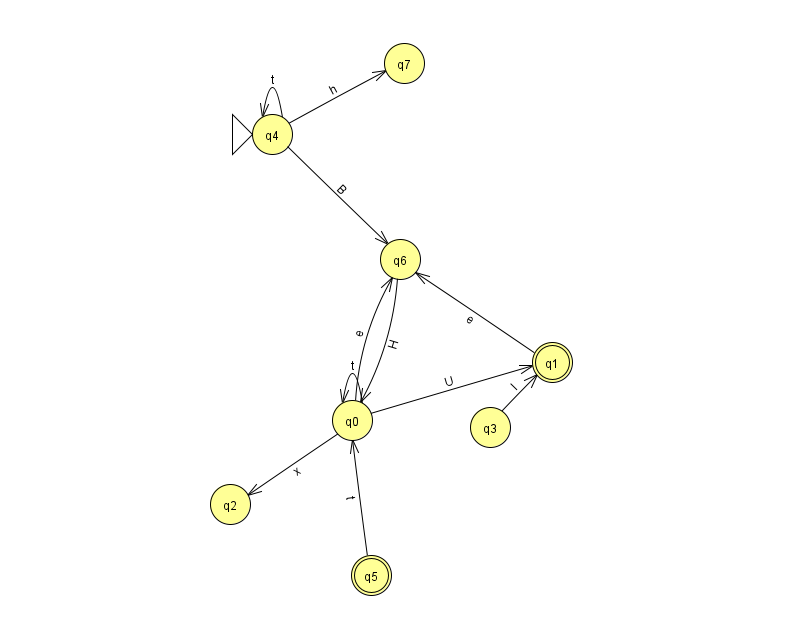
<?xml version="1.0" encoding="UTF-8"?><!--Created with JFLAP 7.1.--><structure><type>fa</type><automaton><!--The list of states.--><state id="0" name="q0"><x>352.0</x><y>407.0</y></state><state id="1" name="q1"><x>552.0</x><y>349.0</y><final/></state><state id="2" name="q2"><x>230.0</x><y>491.0</y></state><state id="3" name="q3"><x>490.0</x><y>414.0</y></state><state id="4" name="q4"><x>272.0</x><y>121.0</y><initial/></state><state id="5" name="q5"><x>371.0</x><y>562.0</y><final/></state><state id="6" name="q6"><x>400.0</x><y>246.0</y></state><state id="7" name="q7"><x>404.0</x><y>50.0</y></state><!--The list of transitions.--><transition><from>5</from><to>0</to><read>t</read></transition><transition><from>6</from><to>0</to><read>H</read></transition><transition><from>0</from><to>0</to><read>t</read></transition><transition><from>4</from><to>4</to><read>t</read></transition><transition><from>4</from><to>7</to><read>h</read></transition><transition><from>0</from><to>1</to><read>U</read></transition><transition><from>4</from><to>6</to><read>B</read></transition><transition><from>0</from><to>2</to><read>x</read></transition><transition><from>3</from><to>1</to><read>I</read></transition><transition><from>1</from><to>6</to><read>e</read></transition><transition><from>0</from><to>6</to><read>e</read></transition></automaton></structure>